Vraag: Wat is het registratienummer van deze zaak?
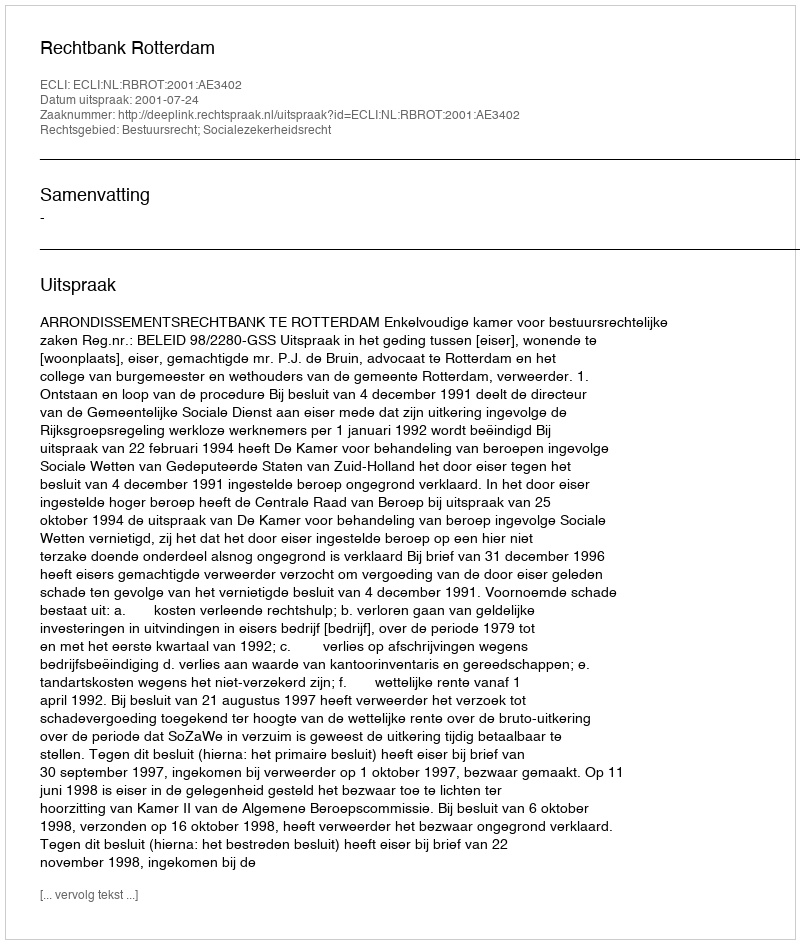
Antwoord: http://deeplink.rechtspraak.nl/uitspraak?id=ECLI:NL:RBROT:2001:AE3402